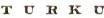
TURKU